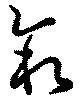
叙